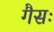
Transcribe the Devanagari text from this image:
गैसः